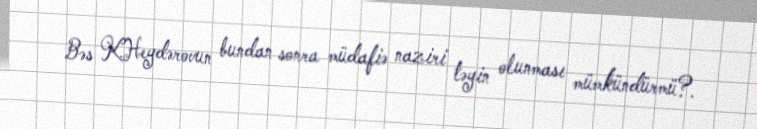
Bəs K.Heydərovun bundan sonra müdafiə naziri təyin olunması mümkündürmü?.